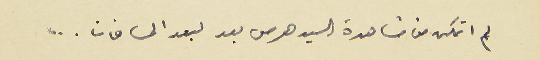
لم اتمكن من مشاهدة السيد هرمس بعد لبعد المسافات ...